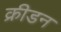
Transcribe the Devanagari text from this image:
क्रीडन